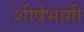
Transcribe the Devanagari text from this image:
शीर्षभागी